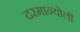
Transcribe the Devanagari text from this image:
दरमान्योली